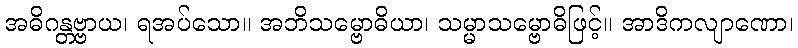
အဓိဂန္တဗ္ဗာယ၊ ရအပ်သော။ အဘိသမ္ဗောဓိယာ၊ သမ္မာသမ္ဗောဓိဖြင့်။ အာဒိကလျာဏော၊